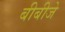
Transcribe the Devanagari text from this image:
बीबीजे